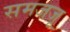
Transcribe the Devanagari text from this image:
समजजू